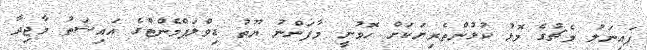
ފައިނަލު މެޗުގެ މޮޅު ކުޅުންތެރިޔަކަށް ހޮވުނީ މާފަންނު ޔޫތު ޑިވްލަޕްމެންޓްގެ އައިޝަތު މާޖިދާ